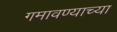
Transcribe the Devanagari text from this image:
गमावण्याच्या